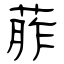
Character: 葄